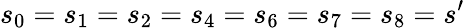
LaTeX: s_{0}=s_{1}=s_{2}=s_{4}=s_{6}=s_{7}=s_{8}=s^{\prime}